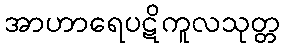
အာဟာရေပဋိကူလသုတ္တ